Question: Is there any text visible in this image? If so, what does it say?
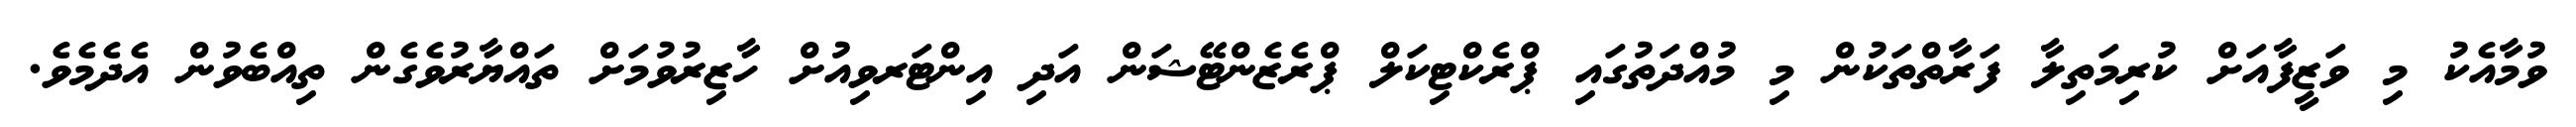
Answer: ވުމާއެކު މި ވަޒީފާއަށް ކުރިމަތިލާ ފަރާތްތަކުން މި މުއްދަތުގައި ޕްރެކްޓިކަލް ޕްރެޒެންޓޭޝަން އަދި އިންޓަރވިއުށް ހާޒިރުވުމަށް ތައްޔާރުވެގެން ތިއްބެވުން އެދެމެވެ.